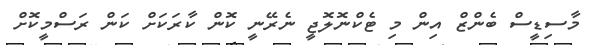
މާސިޑީސް ބެންޒް އިން މި ޓެކްނޮލޮޖީ ނެރޭނީ ކޮން ކާރަކަށް ކަން ރަސްމީކޮށް